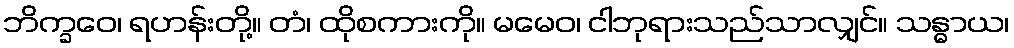
ဘိက္ခဝေ၊ ရဟန်းတို့။ တံ၊ ထိုစကားကို။ မမေဝ၊ ငါဘုရားသည်သာလျှင်။ သန္ဓာယ၊